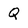
Character: Q